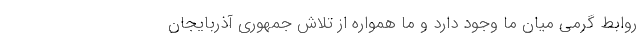
روابط گرمی میان ما وجود دارد و ما همواره از تلاش جمهوری آذربایجان